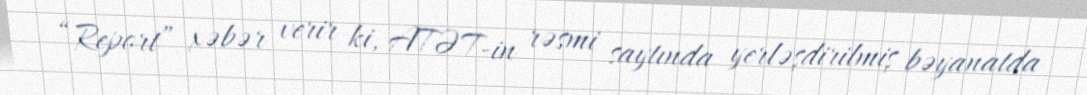
“Report” xəbər verir ki, ATƏT-in rəsmi saytında yerləşdirilmiş bəyanatda